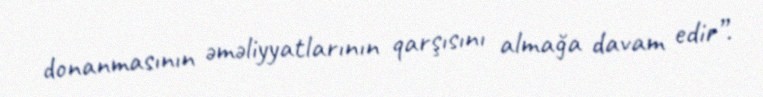
donanmasının əməliyyatlarının qarşısını almağa davam edir”.